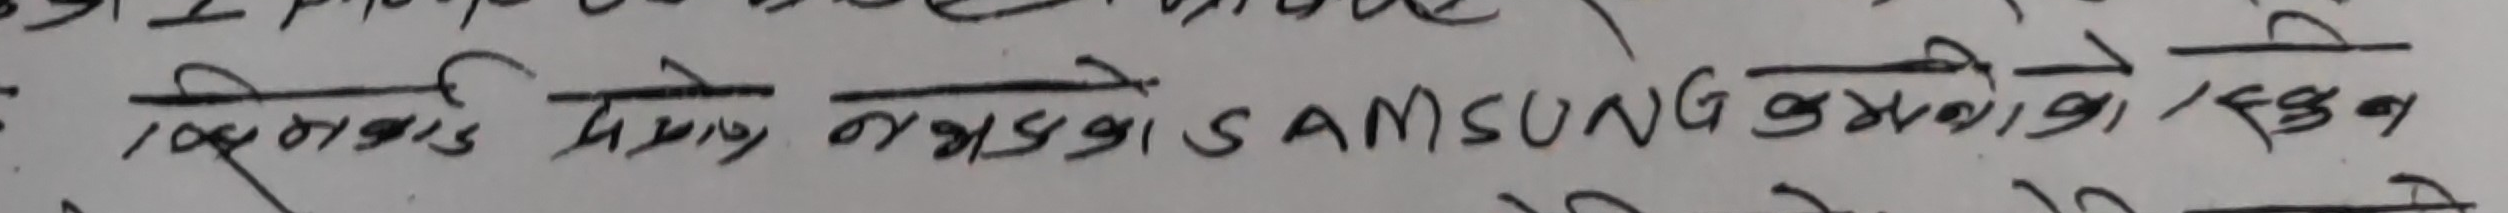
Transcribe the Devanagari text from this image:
सिफारिस प्रयोग नगरेका SAMSUNG कम्पनीको हेडफोन